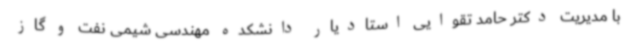
با مدیریت دکتر حامد تقوایی استادیار دانشکده مهندسی شیمی نفت و گاز